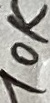
Text: 10K